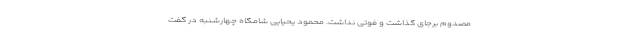
مصدوم برجای گذاشت و فوتی نداشت. محمود یحیایی شامگاه چهارشنبه در گفت